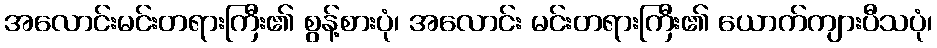
အလောင်းမင်းတရားကြီး၏ စွန့်စားပုံ၊ အလောင်း မင်းတရားကြီး၏ ယောက်ကျားပီသပုံ၊